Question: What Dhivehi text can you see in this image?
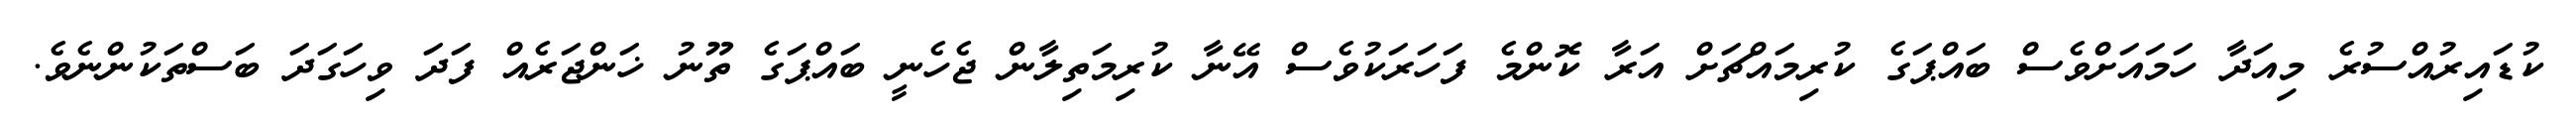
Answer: ކުޑައިރުއްސުރެ މިއަދާ ހަމައަށްވެސް ބައްޕަގެ ކުރިމައްޗަށް އަރާ ކޮންމެ ފަހަރަކުވެސް އޭނާ ކުރިމަތިލާން ޖެހެނީ ބައްޕަގެ ތޫނު ޚަންޖަރެއް ފަދަ ވިހަގަދަ ބަސްތަކުންނެވެ.